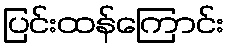
ပြင်းထန်ကြောင်း